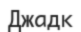
Джадк